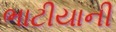
ભાટીયાની